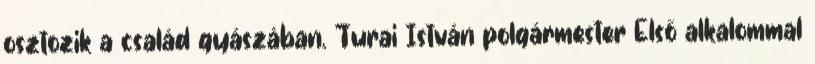
osztozik a család gyászában. Turai István polgármester Első alkalommal